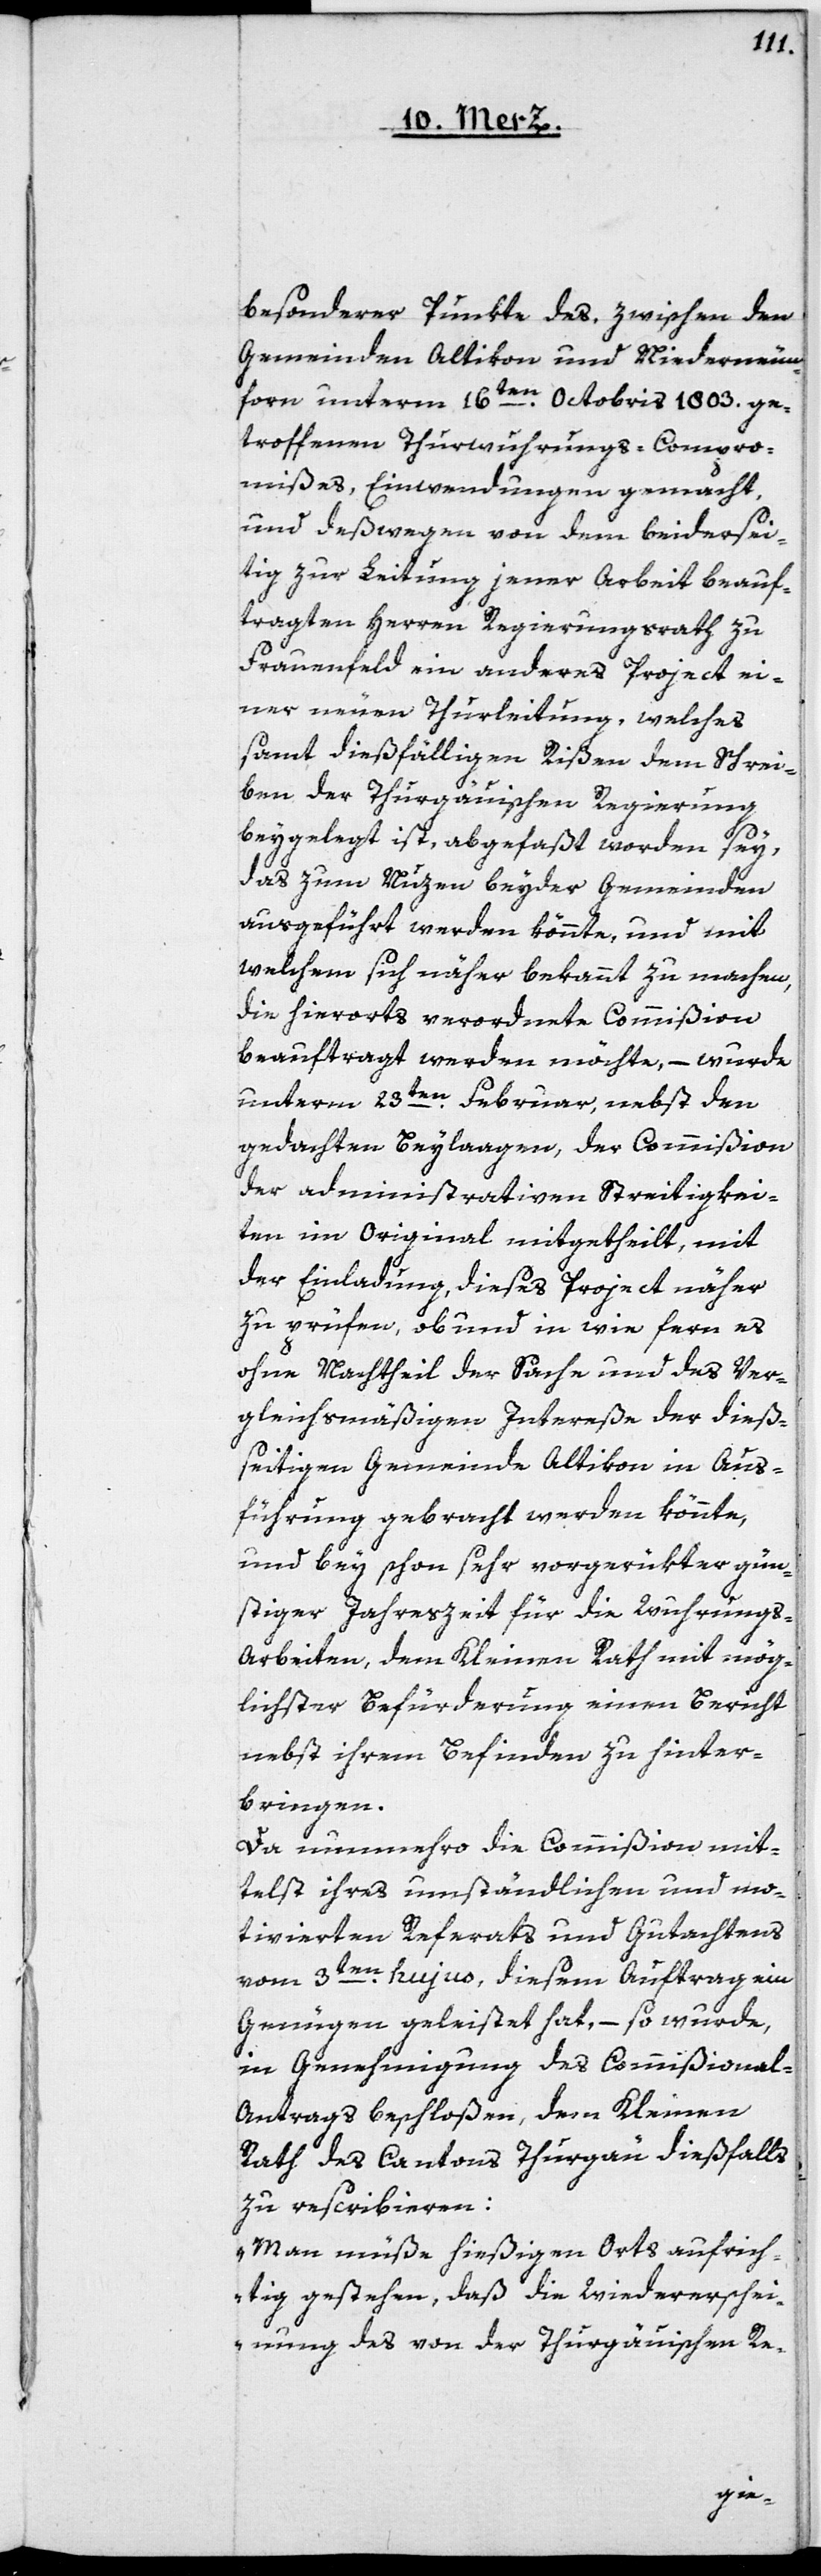
besonderer Punkte des, zwischen den
Gemeinden Altikon und Niederneun¬
forn unterm 16ten Octobris 1803. ge¬
troffenen Thurwuhrungs-Compro¬
mißes, Einwendungen gemacht,
und deßwegen von dem beidersei¬
tig zur Leitung jener Arbeit beauf¬
tragten Herren Regierungsrath zu
Frauenfeld ein anderes Project ei¬
ner neuen Thurleitung, welches
samt dießfälligen Rißen dem Schrei¬
ben der Thurgäuischen Regierung
beygelegt ist, abgefaßt worden sey,
das zum Nuzen beyder Gemeinden
ausgeführt werden könnte, und mit
welchem sich näher bekannt zu machen,
die hierorts verordnete Commißion
beauftragt werden möchte, – wurde
unterm 23ten Februar, nebst den
gedachten Beylagen, der Commißion
der administrativen Streitigkei¬
ten im Original mitgetheilt, mit
der Einladung, dieses Project näher
zu prüfen, ob und in wie fern es
ohne Nachtheil der Sache und des Ver¬
gleichsmäßigen Intereße der dieß¬
seitigen Gemeinde Altikon in Aus¬
führung gebracht werden könnte,
und bey schon sehr vorgerükter gün¬
stiger Jahreszeit für die Wuhrung¬
s-Arbeiten, dem Kleinen Rath mit mög¬
lichster Befürderung einen Bericht
nebst ihrem Befinden zu hinter¬
bringen.
Da nunmehro die Commißion mit¬
telst ihres umständlichen und mo¬
tivierten Referats und Gutachtens
vom 3ten hujus, diesem Auftrag ein
Genügen geleistet hat, – so wurde,
in Genehmigung des Commißional-A¬
ntrags beschloßen, dem Kleinen
Rath des Cantons Thurgau dießfalls
zu rescribieren:
„Man müsse hießigen Orts aufrich¬
tig gestehen, daß die Wiedererschei¬
nung des von der Thurgäuischen Re-